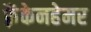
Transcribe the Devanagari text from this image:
फ़्रैंकेनहेमर